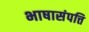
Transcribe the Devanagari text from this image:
भाषासंपत्ति